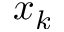
x _ { k }